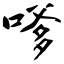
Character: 嗲